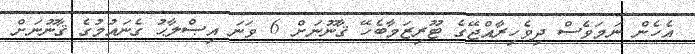
އެހެން ނަމަވެސް ދިވެހިރާއްޖޭގެ ޓޫރިޒަމާބެހޭ ޤާނޫނަށް 6 ވަނަ އިޞްލާޙު ގެނައުމުގެ ޤާނޫނަށް